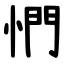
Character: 㥃